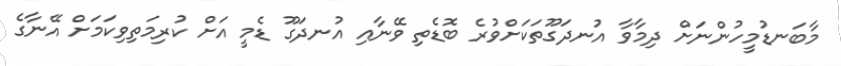
މާބަނޑުމީހުންނަށް ދިމާވާ އުނދަގޫތަކަށްވުރެ ބޮޑެތި ވޭނާއި އުނދަގޫ ޑެމީ އަށް ކުރިމަތިވިކަމަށް އޭނާގެ